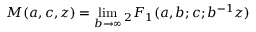
M ( a , c , z ) = \operatorname* { l i m } _ { b \to \infty } { } _ { 2 } F _ { 1 } ( a , b ; c ; b ^ { - 1 } z )